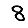
Digit: 8